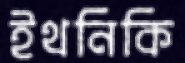
ইথনিকি